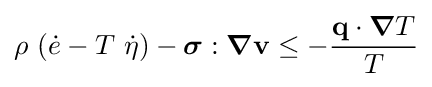
\rho ~({\dot {e}}-T~{\dot {\eta }})-{\boldsymbol {\sigma }}:{\boldsymbol {\nabla }}\mathbf {v} \leq -{\frac {\mathbf {q} \cdot {\boldsymbol {\nabla }}T}{T}}